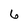
Character: 6